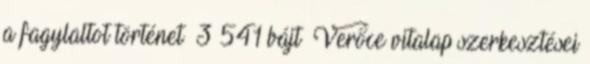
a fagylaltot történet ‎ 3 541 bájt ‎Verőce vitalap szerkesztései